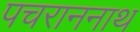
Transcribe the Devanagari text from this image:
पचराननाथ